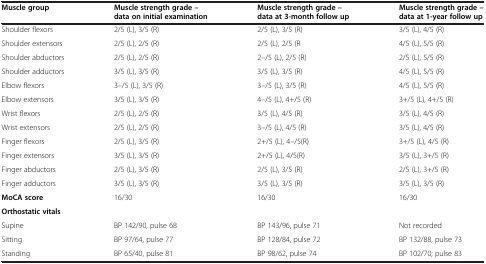
| Muscle group | Muscle strength grade – data on initial examination | Muscle strength grade – data at 3-month follow up | Muscle strength grade – data at 1-year follow up |
 | --- | --- | --- | --- |
 | Shoulder flexors | 2/5 (L), 3/5 (R) | 2/5 (L), 3/5 (R) | 3/5 (L), 4/5 (R) |
 | Shoulder extensors | 2/5 (L), 2/5 (R) | 2/5 (L), 2/5 (R | 4/5 (L), 5/5 (R) |
 | Shoulder abductors | 2/5 (L), 2/5 (R) | 2–/5 (L), 2/5 (R) | 2/5 (L), 5/5 (R) |
 | Shoulder adductors | 3/5 (L), 3/5 (R) | 3/5 (L), 3/5 (R) | 4/5 (L), 5/5 (R) |
 | Elbow flexors | 3–/5 (L), 3/5 (R) | 3–/5 (L), 3/5 (R) | 4/5 (L), 5/5 (R) |
 | Elbow extensors | 3/5 (L), 3/5 (R) | 4–/5 (L), 4+/5 (R) | 3+/5 (L), 4+/5 (R) |
 | Wrist flexors | 2/5 (L), 2/5 (R) | 3/5 (L), 4/5 (R) | 3/5 (L), 4/5 (R) |
 | Wrist extensors | 2/5 (L), 2/5 (R) | 3–/5 (L), 4/5 (R) | 3/5 (L), 4/5 (R) |
 | Finger flexors | 2/5 (L), 3/5 (R) | 2+/5 (L), 4–/5(R) | 3+/5 (L), 4/5 (R) |
 | Finger extensors | 3/5 (L), 3/5 (R) | 2+/5 (L), 4/5(R) | 3/5 (L), 3+/5 (R) |
 | Finger abductors | 2/5 (L), 3/5 (R) | 2/5 (L), 3/5 (R) | 2/5 (L), 3+/5 (R) |
 | Finger adductors | 3/5 (L), 3/5 (R) | 3/5 (L), 3/5 (R) | 3/5 (L), 3/5 (R) |
 | MoCA score | 16/30 | 16/30 | 16/30 |
 | Orthostatic vitals |  |  |  |
 | Supine | BP 142/90, pulse 68 | BP 143/96, pulse 71 | Not recorded |
 | Sitting | BP 97/64, pulse 77 | BP 128/84, pulse 72 | BP 132/88, pulse 73 |
 | Standing | BP 65/40, pulse 81 | BP 98/62, pulse 74 | BP 102/70; pulse 83 |